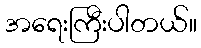
အရေးကြီးပါတယ်။